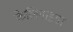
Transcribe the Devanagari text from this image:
केलिगाइडा